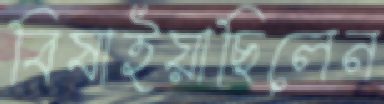
বিষাইয়াছিলেন